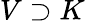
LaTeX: V\supset K